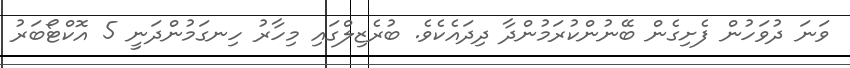
ވަނަ ދުވަހުން ފެށިގެން ބޭނުންކުރަމުންދާ ދިދައެކެވެ. ބުރެޒިލްގައި މިހާރު ހިނގަމުންދަނީ 5 އޮކްޓޯބަރު